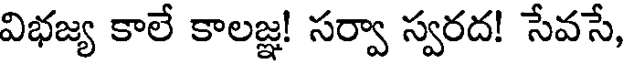
విభజ్య కాలే కాలజ్ఞ! సర్వా స్వరద! సేవసే,